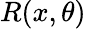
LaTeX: R(x,\theta)